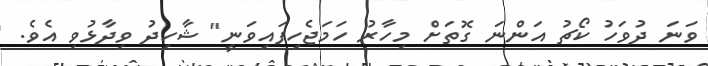
ވަނަ ދުވަހު ކޯޗު އަންނަ ގޮތަށް މިހާރު ހަމަޖެހިފައިވަނީ" ޝާހިދު ވިދާޅުވި އެވެ.